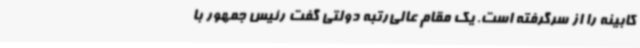
کابینه را از سرگرفته است. یک مقام عالی‌رتبه دولتی گفت رئیس جمهور با